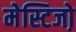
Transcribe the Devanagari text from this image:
मेस्टिजो़